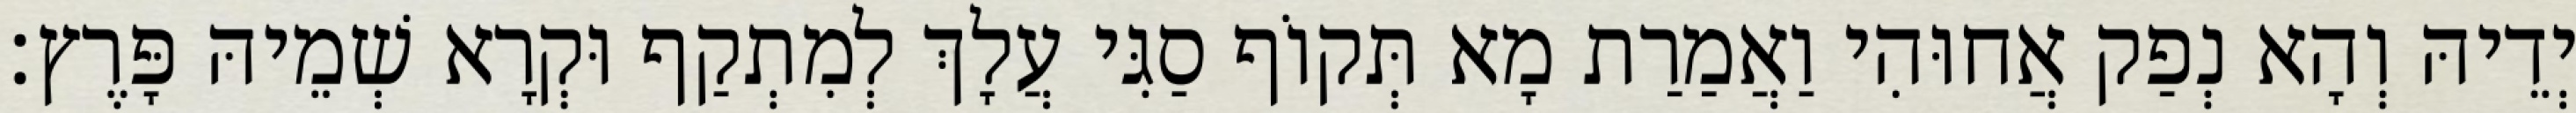
יְדֵיהּ וְהָא נְפַק אֲחוּהִי וַאֲמַרַת מָא תְּקוֹף סַגִּי עֲלָךְ לְמִתְקַף וּקְרָא שְׁמֵיהּ פָּרֶץ׃